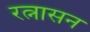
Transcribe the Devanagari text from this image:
रत्नासन